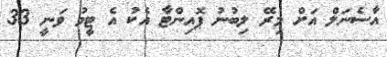
އާސެނަލް އަށް މިރޭ ލިބުނު ޕޮއިންޓާ އެކު އެ ޓީމު ވަނީ 33